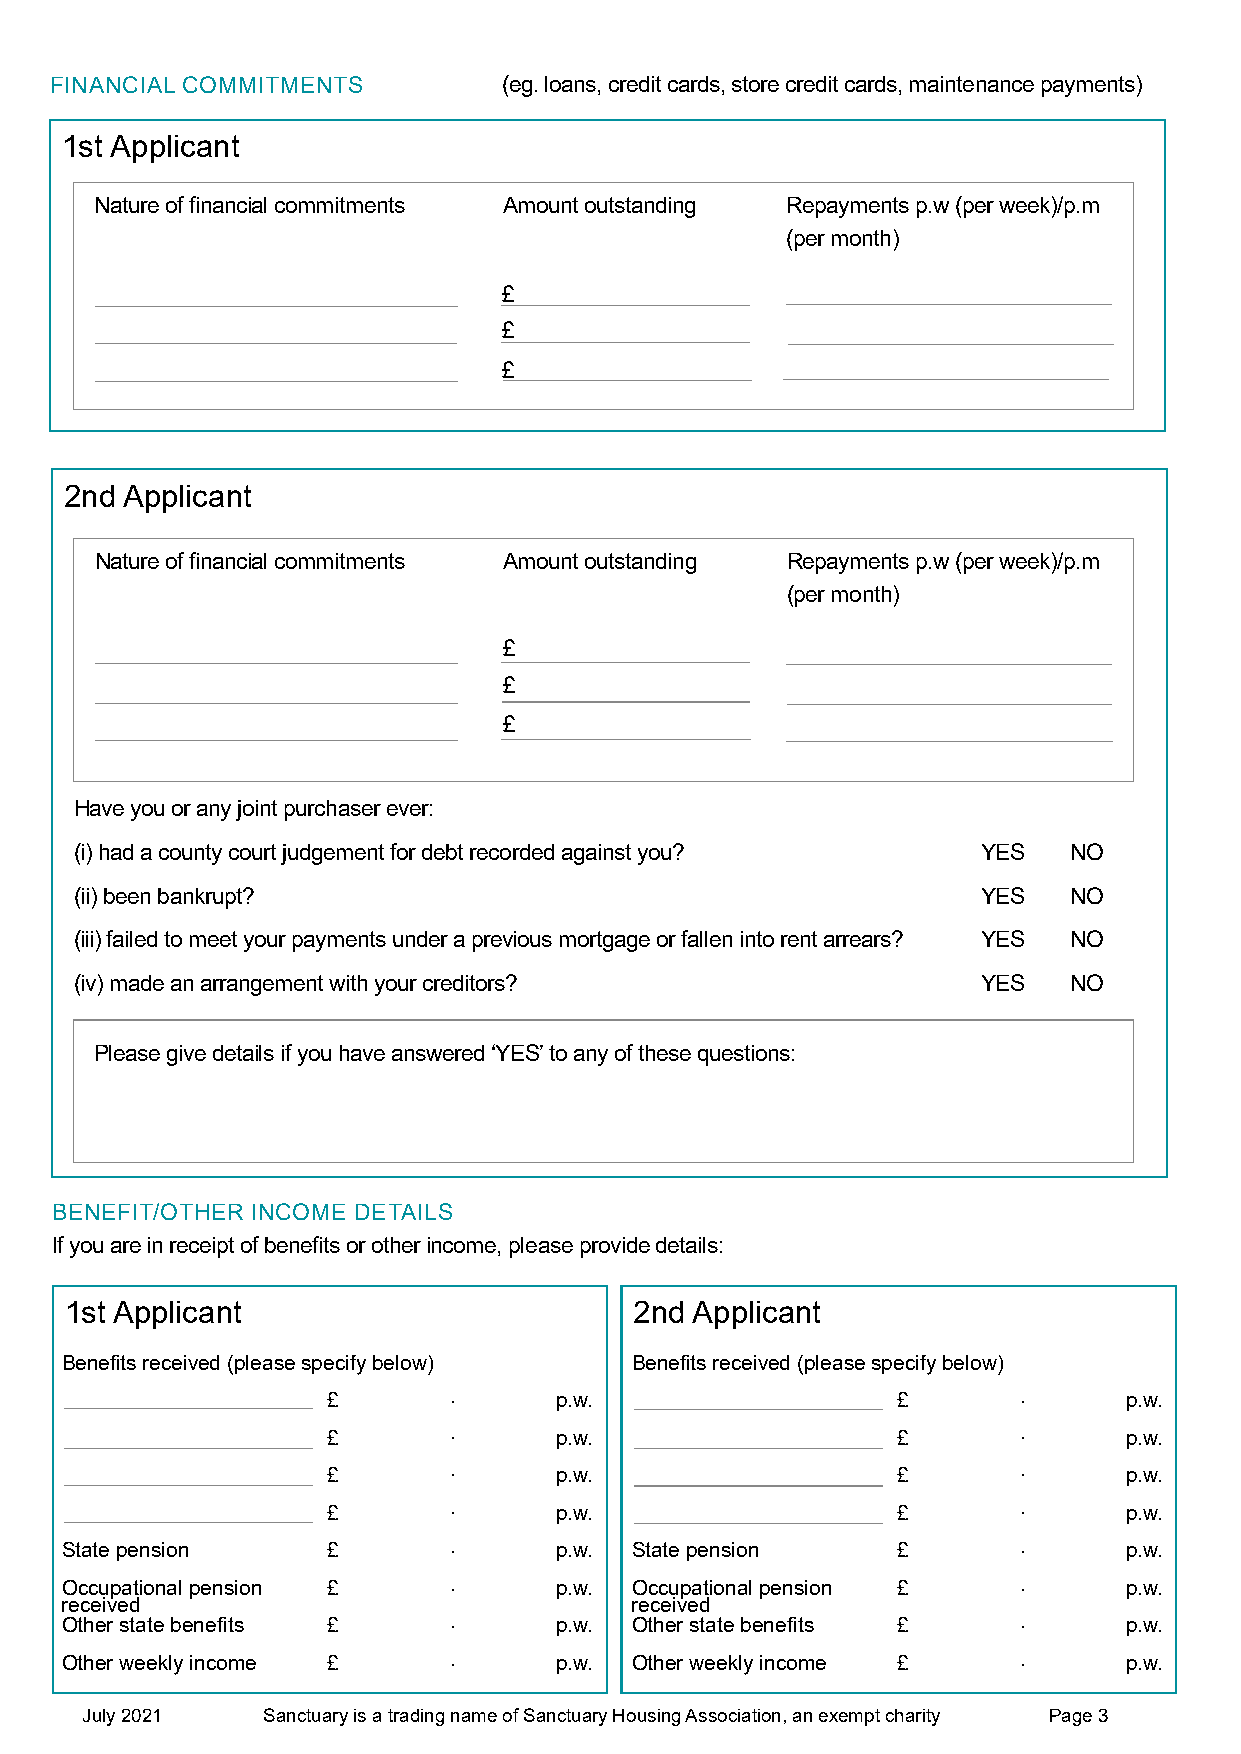
FINANCIAL COMMITMENTS         (eg. loans, credit cards, store credit cards, maintenance payments)
 1st Applicant
 Nature of financial commitments Amount outstanding Repayments p.w (per week)/p.m
 (per month)
 £
 £
 £
 2nd Applicant
 Nature of financial commitments Amount outstanding Repayments p.w (per week)/p.m
 (per month)
 £
 £
 £
 Have you or any joint purchaser ever:
 (i) had a county court judgement for debt recorded against you? YES NO
 (ii) been bankrupt?                                         YES   NO
 (iii) failed to meet your payments under a previous mortgage or fallen into rent arrears? YES NO
 (iv) made an arrangement with your creditors?               YES   NO
 Please give details if you have answered ‘YES’ to any of these questions:
 BENEFIT/OTHER INCOME DETAILS
 If you are in receipt of benefits or other income, please provide details:
 1st Applicant                         2nd Applicant
 Benefits received (please specify below) Benefits received (please specify below)
 £       .      p.w.                  £        .      p.w.
 £       .      p.w.                  £        .      p.w.
 £       .      p.w.                  £        .      p.w.
 £       .      p.w.                  £        .      p.w.
 State pension     £       .      p.w. State pension    £        .      p.w.
 Occupational pension £    .      p.w. Occupational pension £    .      p.w.
 received                              received
 Other state benefits £    .      p.w. Other state benefits £    .      p.w.
 Other weekly income £     .      p.w. Other weekly income £     .      p.w.
 July 2021   Sanctuary is a trading name of Sanctuary Housing Association, an exempt charity Page 3